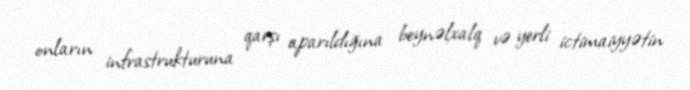
onların infrastrukturuna qarşı aparıldığına beynəlxalq və yerli ictimaiyyətin